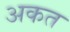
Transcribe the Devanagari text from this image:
अकत